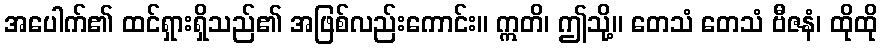
အပေါက်၏ ထင်ရှားရှိသည်၏ အဖြစ်လည်းကောင်း။ ဣတိ၊ ဤသို့။ တေသံ တေသံ ဗီဇနံ၊ ထိုထို